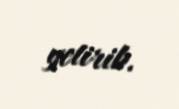
yetirib.